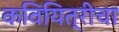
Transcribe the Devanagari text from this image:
कवियित्रीचा